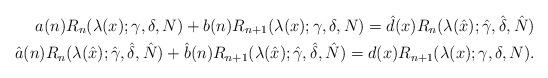
LaTeX: \begin{align*}a(n) R_n(\lambda ( x);\gamma,\delta,N) + b(n) R_{n+1}(\lambda ( x);\gamma,\delta,N) ={\hat{d}}(x) R_{n}(\lambda (\hat x);\hat{\gamma},\hat{\delta},\hat{N}) \\\hat{a}(n) R_{n}(\lambda (\hat x);\hat{\gamma},\hat{\delta},\hat{N}) + \hat{b}(n) R_{n+1}(\lambda (\hat x);\hat{\gamma},\hat{\delta},\hat{N}) = d(x) R_{n+1}(\lambda ( x);\gamma,\delta,N) .\end{align*}